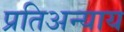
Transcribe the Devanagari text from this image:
प्रतिअन्याय